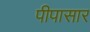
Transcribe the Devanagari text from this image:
पीपासार